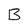
Character: B